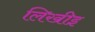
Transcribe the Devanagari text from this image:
लिखीइ